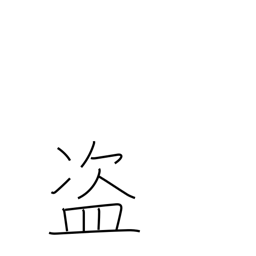
Meaning: rob